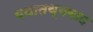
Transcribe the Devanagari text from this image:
यथातथ्यवाद